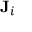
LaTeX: \mathbf { J } _ { i }